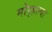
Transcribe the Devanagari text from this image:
मोर्‍हल्या